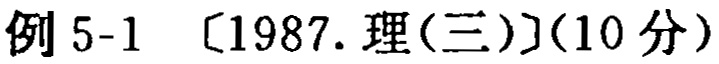
例 5-1 〔1987. 理(三)〕(10 分)